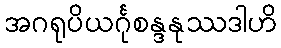
အဂရုပိယင်္ဂုစန္ဒနုဿဒါဟိ